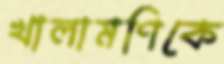
খালামণিকে